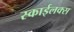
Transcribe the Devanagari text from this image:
स्काईलक्स